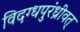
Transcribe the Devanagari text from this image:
विदग्धपुरंध्रीवत्